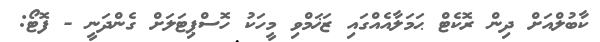
ކާބުލްއަށް ދިން ރޮކެޓް ޙަމަލާއެއްގައި ޒަޚަމްވި މީހަކު ހޮސްޕިޓަލަށް ގެންދަނީ - ފޮޓޯ: